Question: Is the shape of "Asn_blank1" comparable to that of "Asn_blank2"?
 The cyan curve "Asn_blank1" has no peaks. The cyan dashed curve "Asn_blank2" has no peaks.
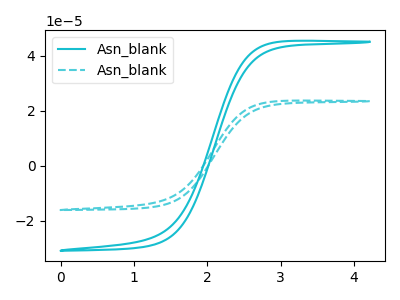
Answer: <think>Neither "Asn_blank1" or "Asn_blank2" have any peaks.
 </think>
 <answer>"Asn_blank1" and "Asn_blank2" are similar in shape.</answer>
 <eval>same_shape</eval>